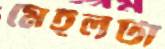
মেইলটা